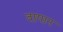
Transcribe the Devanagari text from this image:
वायान